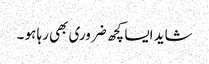
شاید ایسا کچھ ضروری بھی رہا ہو ۔